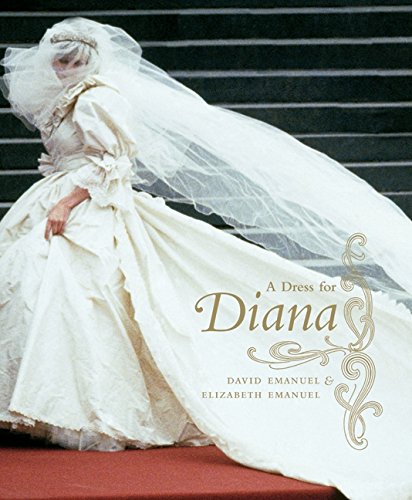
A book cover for A Dress for Diana; David Emanuel; Crafts, Hobbies & Home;